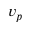
v _ { p }